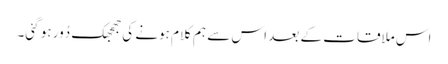
اس ملاقات کے بعد اس سے ہم کلام ہونے کی جھجھک دُور ہو گئی۔